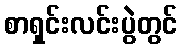
စာရှင်းလင်းပွဲတွင်